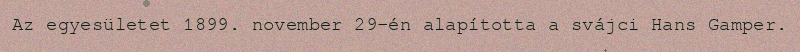
Az egyesületet 1899. november 29-én alapította a svájci Hans Gamper.